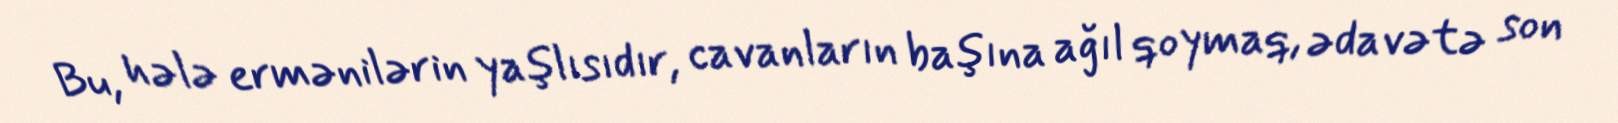
Bu, hələ ermənilərin yaşlısıdır, cavanların başına ağıl qoymaq, ədavətə son